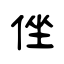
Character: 侳